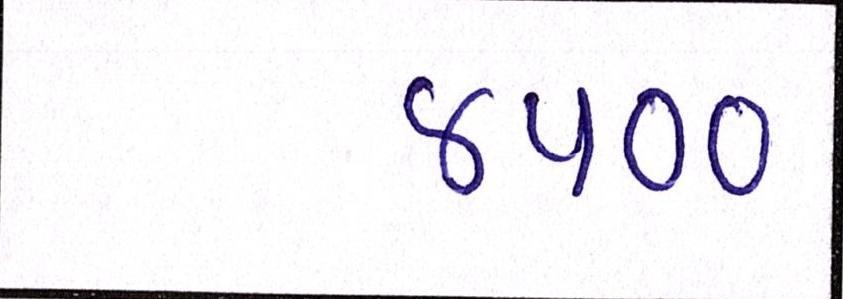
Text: ૪૫૦૦